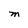
Character: M